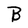
Character: B